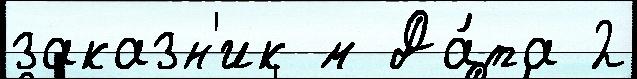
заказн'ик м Да́та 2